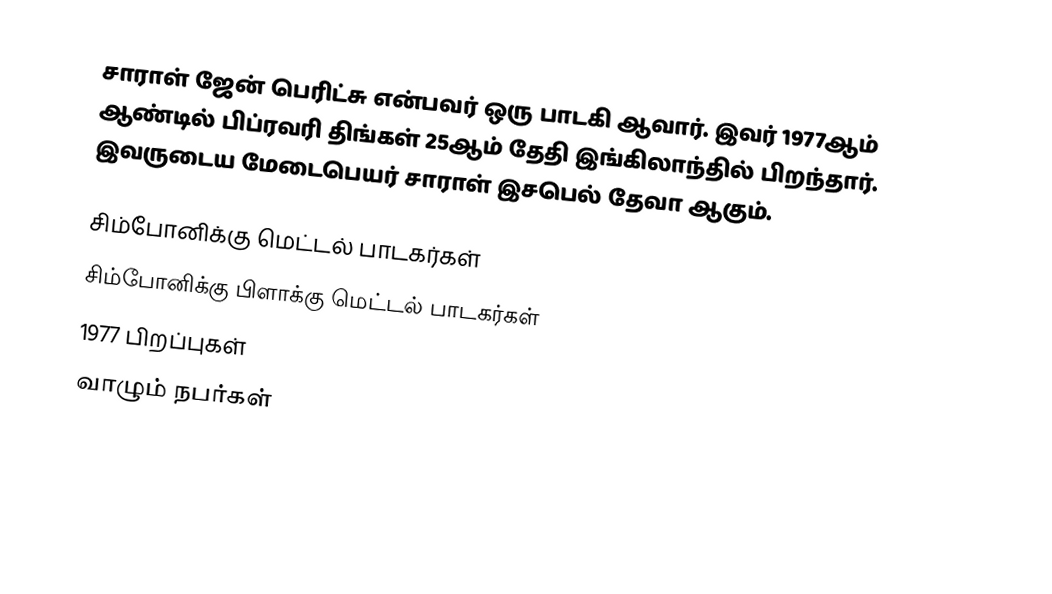
சாராள் ஜேன் பெரிட்சு என்பவர் ஒரு பாடகி ஆவார். இவர் 1977ஆம் ஆண்டில் பிப்ரவரி திங்கள் 25ஆம் தேதி இங்கிலாந்தில் பிறந்தார். இவருடைய மேடைபெயர் சாராள் இசபெல் தேவா ஆகும்.

சிம்போனிக்கு மெட்டல் பாடகர்கள்
சிம்போனிக்கு பிளாக்கு மெட்டல் பாடகர்கள்
1977 பிறப்புகள்
வாழும் நபர்கள்